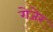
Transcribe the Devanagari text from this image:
गेजेर